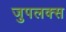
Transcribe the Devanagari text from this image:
जुपलक्स